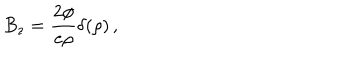
LaTeX: B _ { z } = { \frac { 2 \phi } { e \rho } } \delta ( \rho ) \, ,